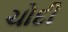
ચોદી